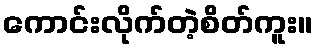
ကောင်းလိုက်တဲ့စိတ်ကူး။